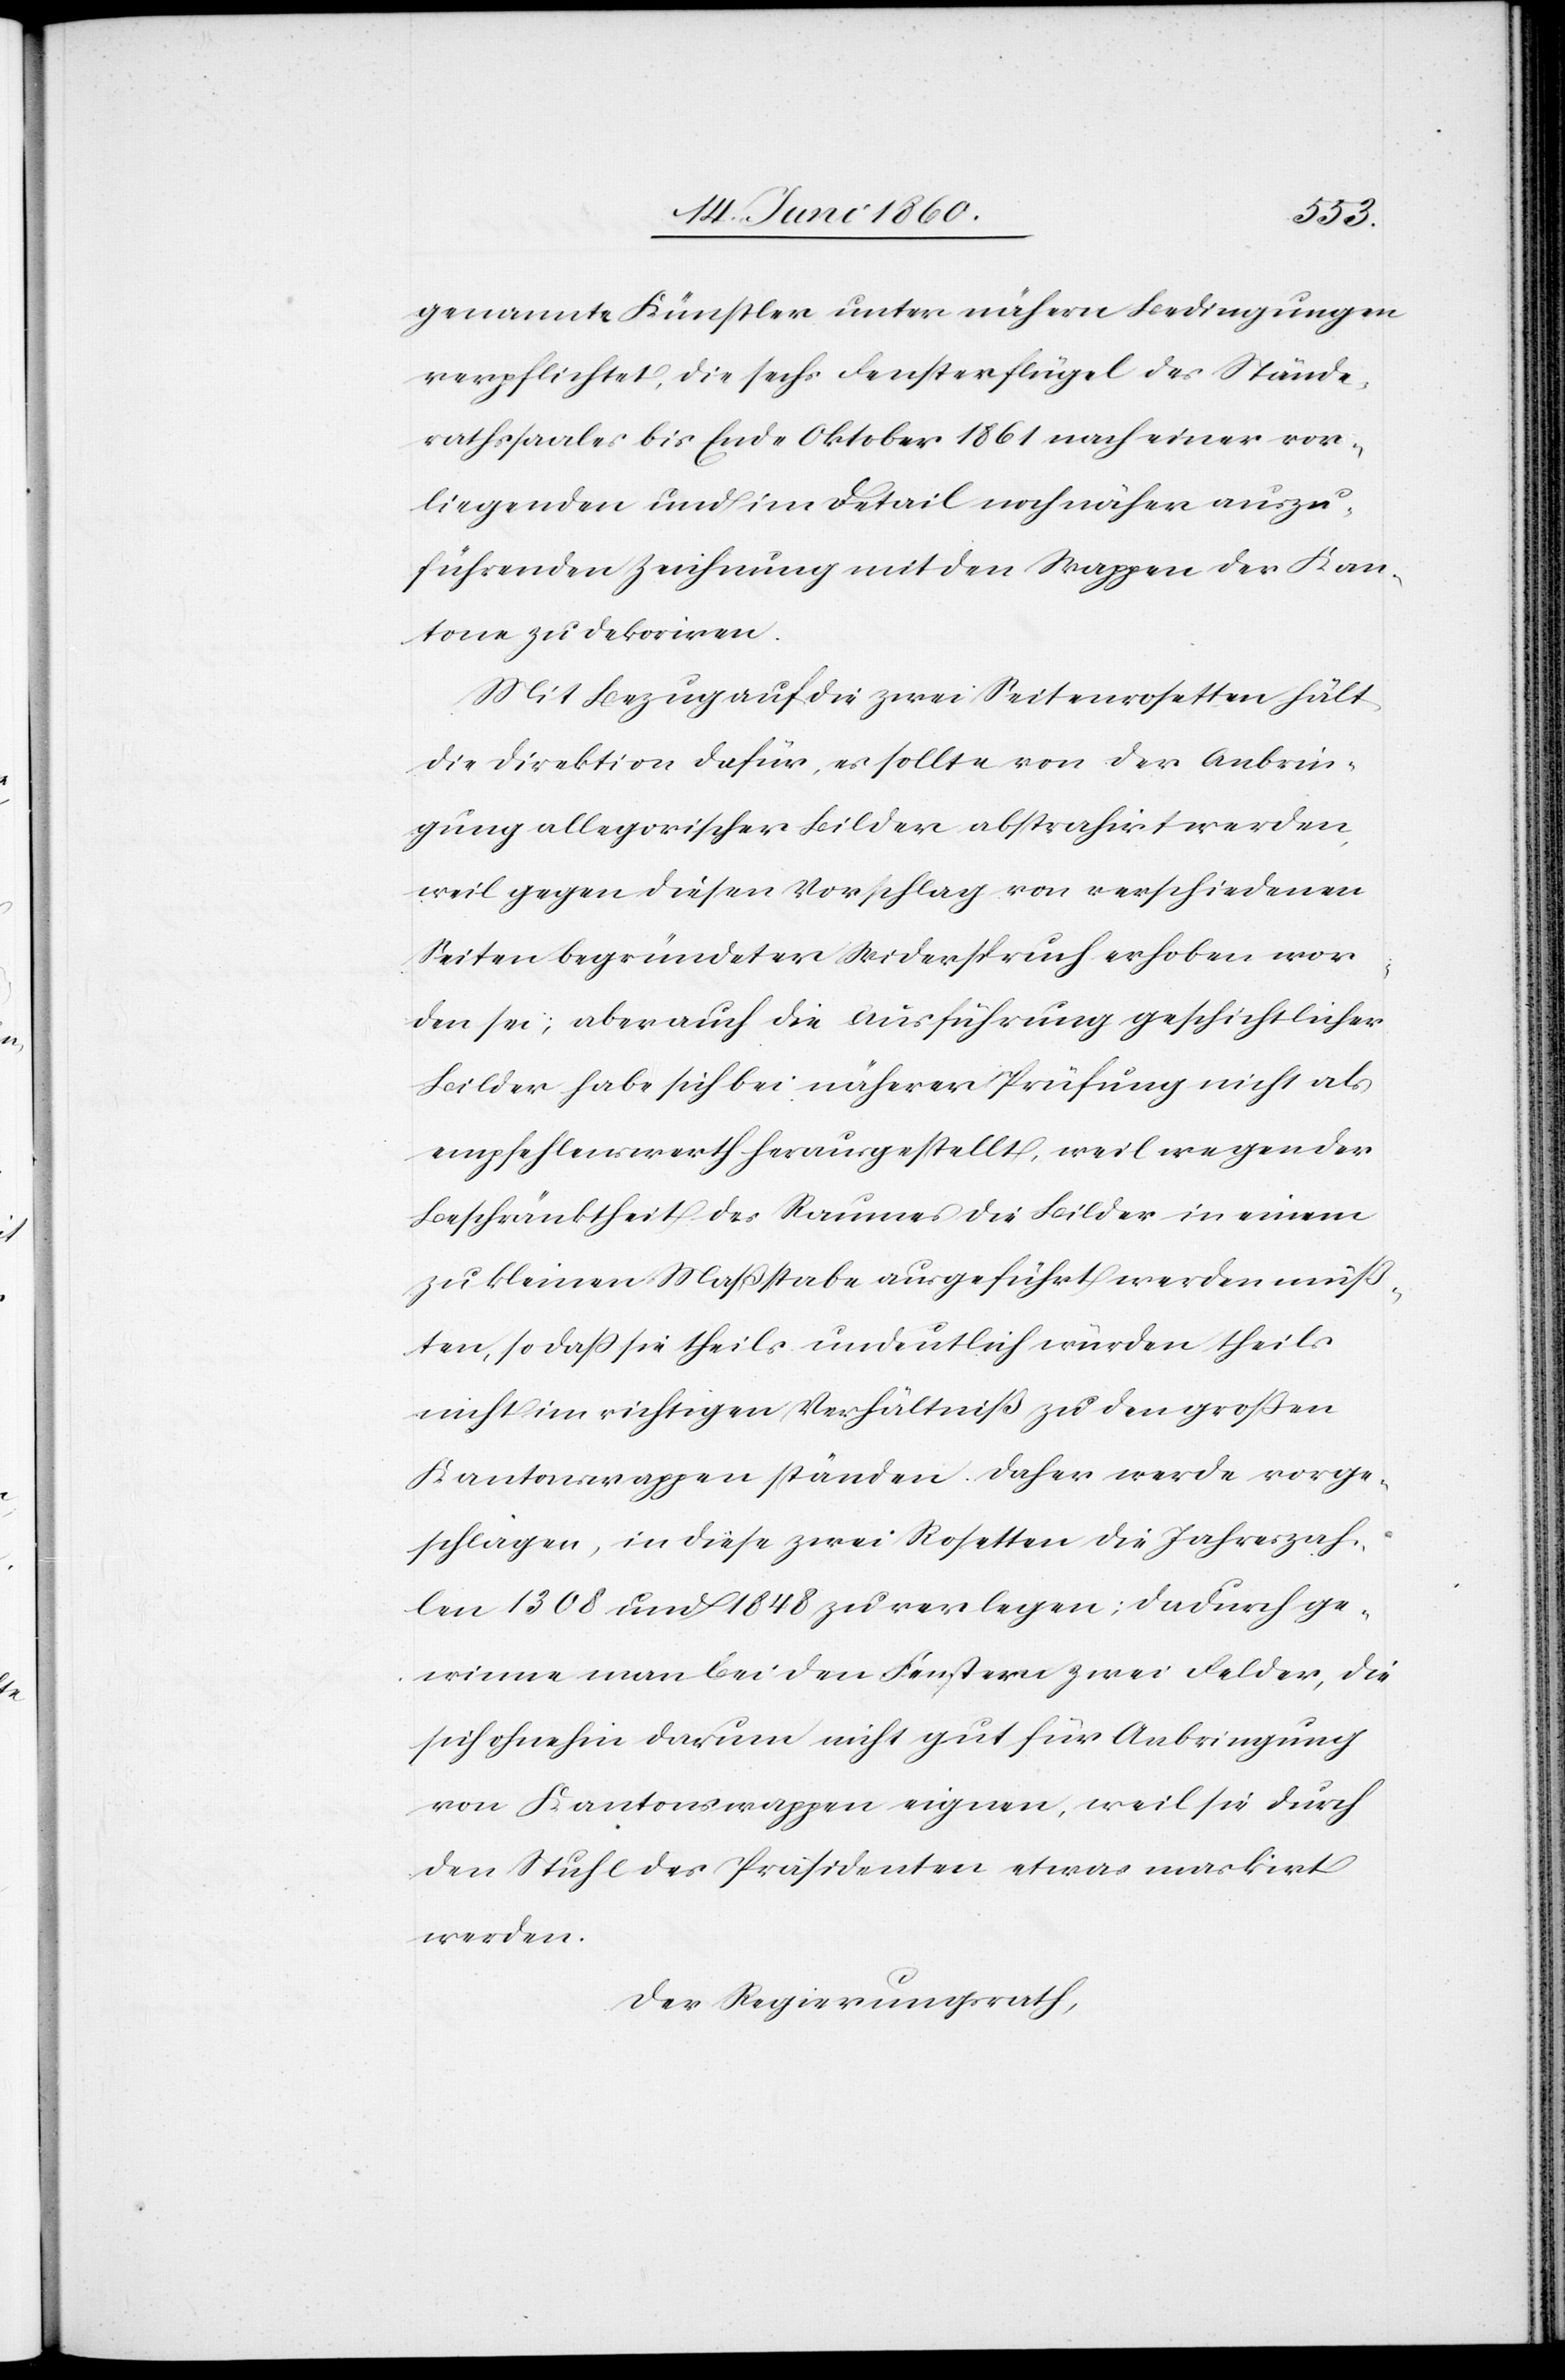
genannte Künstler unter nähern Bedingungen
verpflichtet, die sechs Fensterflügel des Stände¬
rathssaales bis Ende Oktober 1861 nach einer vor¬
liegenden und im Detail noch näher auszu¬
führenden Zeichnung mit den Wappen der Kan¬
tone zu dekoriren.
Mit Bezug auf die zwei Seitenrosetten hält
die Direktion dafür, es sollte von der Anbrin¬
gung allegorischer Bilder abstrahirt werden,
weil gegen diesen Vorschlag von verschiedene
Seiten begründeter Widerspruch erhoben wor¬
den sei; aber auch die Ausführung geschichtlicher
Bilder habe sich bei näherer Prüfung nicht als
empfehlenswerth herausgestellt, weil wegen der
Beschränktheit des Raumes die Bilder in einem
zu kleinen Massstabe ausgeführt werden müß¬
ten, so dass sie theils undeutlich würden, theils
nicht im richtigen Verhältniß zu den großen
Kantonswappen ständen. Daher werde vorge¬
schlagen, in diese zwei Rosetten die Jahreszah¬
len 1308 und 1848 zu verlegen; dadurch ge¬
winne man bei den Fenstern zwei Felder, die
sich ohnehin darum nicht gut für Anbringung
von Kantonswappen eigenen, weil sie durch
den Stuhl des Präsidenten etwas maskirt
werden.
Der Regierungsrath,